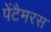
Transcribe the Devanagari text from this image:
पेंटैमरस